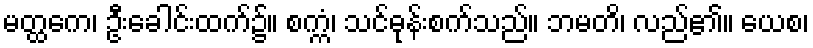
မတ္ထကေ၊ ဦးခေါင်းထက်၌။ စက္ကံ၊ သင်ဓုန်းစက်သည်။ ဘမတိ၊ လည်၏။ ယေစ၊